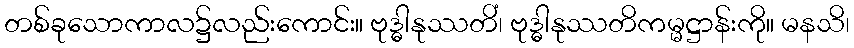
တစ်ခုသောကာလ၌လည်းကောင်း။ ဗုဒ္ဓါနုဿတိံ၊ ဗုဒ္ဓါနုဿတိကမ္မဋ္ဌာန်းကို။ မနသိ၊